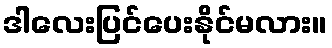
ဒါလေးပြင်ပေးနိုင်မလား။